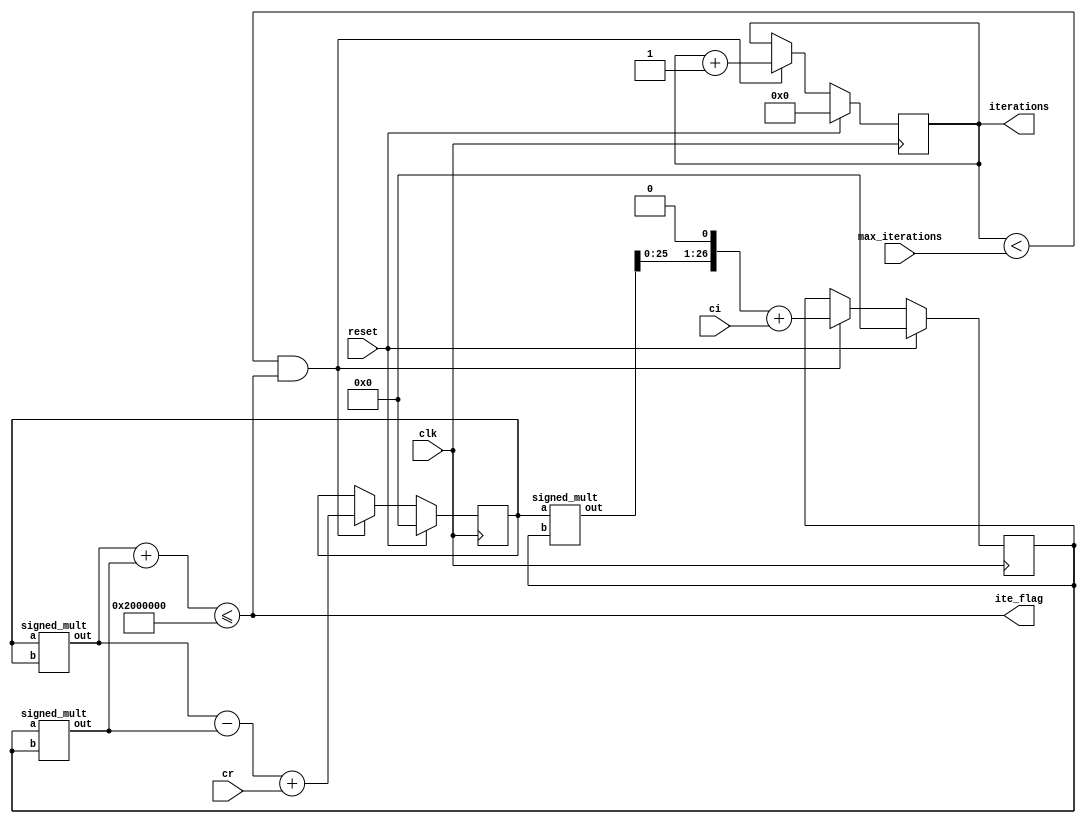
module mandelbrot_iterate(
    input signed [26:0] ci, cr,
    input [15:0] max_iterations,
    output reg [15:0] iterations,
    input clk,
    output ite_flag,
    input reset
);

reg signed [26:0] zi, zr;
reg signed [26:0] zi_temp, zr_temp;
wire signed [26:0] zi_squared, zr_squared, zrmulzi;
reg signed [26:0] z_sum;

signed_mult inst1(zi_squared, zi, zi);
signed_mult inst2(zr_squared, zr, zr);
signed_mult inst3(zrmulzi, zr, zi);

always @(posedge clk) begin
    if (reset) begin
        iterations <= 0;
        zi <= 0;
        zr <= 0;
    end 
    else begin
        if (iterations < max_iterations && (zr_squared + zi_squared) <= (4 << 23)) begin
            zr <= zr_squared - zi_squared + cr;
            zi <= (zrmulzi << 1) + ci;
            iterations <= iterations + 1;
        end
    end
end

assign ite_flag = (zr_squared + zi_squared) <= (4 << 23);

endmodule


module signed_mult (out, a, b);
	output 	signed  [26:0]	out;
	input 	signed	[26:0] 	a;
	input 	signed	[26:0] 	b;
	// intermediate full bit length
	wire 	signed	[53:0]	mult_out;
	assign mult_out = a * b;
	// select bits for 7.20 fixed point
	assign out = {mult_out[53], mult_out[48:23]};
endmodule